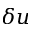
\delta u